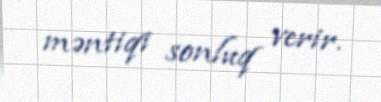
məntiqi sonluq verir.